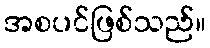
အစပင်ဖြစ်သည်။